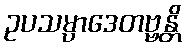
ဥပသမ္ပာဒေတဗ္ဗန္တိ